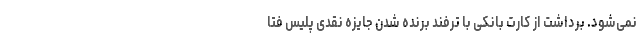
نمی‌شود. برداشت از کارت بانکی با ترفند برنده شدن جایزه نقدی پلیس فتا